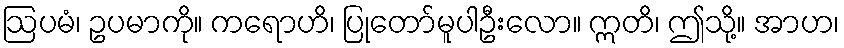
ဩပမံ၊ ဥပမာကို။ ကရောဟိ၊ ပြုတော်မူပါဦးလော။ ဣတိ၊ ဤသို့။ အာဟ၊